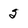
Character: 5